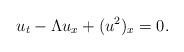
LaTeX: \begin{align*}u_t-\Lambda u_x+(u^2)_x=0.\end{align*}